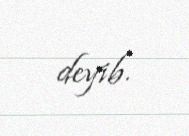
deyib.